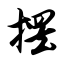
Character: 摆